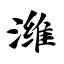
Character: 潍